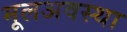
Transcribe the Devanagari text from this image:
मूलअवस्था